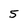
Character: 5